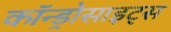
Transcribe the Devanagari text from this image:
कॉन्ड्रोसाइट्स